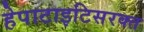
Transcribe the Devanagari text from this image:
हेपाटाइटिसरक्त